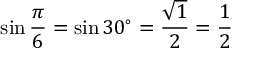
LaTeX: \sin { \frac { \pi } { 6 } } = \sin 3 0 ^ { \circ } = { \frac { \sqrt { 1 } } { 2 } } = { \frac { 1 } { 2 } }